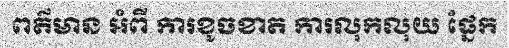
ពត៌មាន អំពី ការខូចខាត ការលុកលុយ ផ្នែក